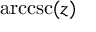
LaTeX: \operatorname { a r c c s c } ( z )